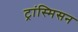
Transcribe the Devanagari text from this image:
ट्रांस्मिसन